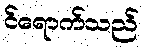
င်ရောက်သည်